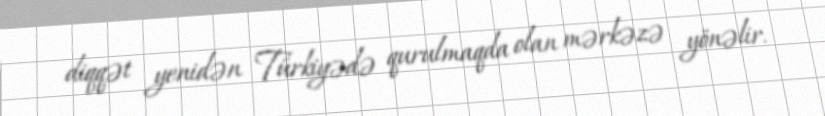
diqqət yenidən Türkiyədə qurulmaqda olan mərkəzə yönəlir.